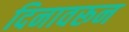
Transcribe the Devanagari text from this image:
दिनावरून